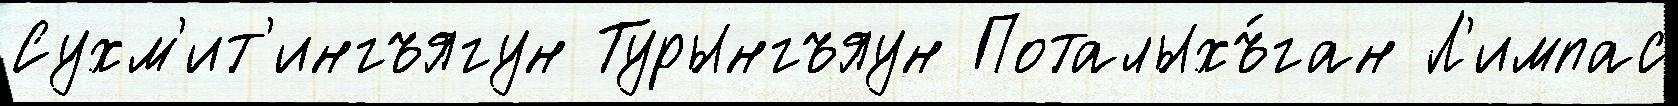
Сухм'ит'ингъягун Турынгъяун Поталыхъ́ган Л'импас